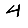
Digit: 4